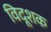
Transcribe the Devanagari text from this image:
विदूशक